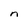
Character: n